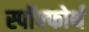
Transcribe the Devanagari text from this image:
स्पॉफ्फोर्थ